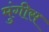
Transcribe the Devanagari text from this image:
मुंगीस